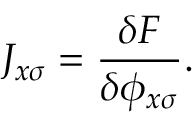
J _ { x \sigma } = \frac { \delta F } { \delta \phi _ { x \sigma } } .